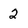
Character: 2